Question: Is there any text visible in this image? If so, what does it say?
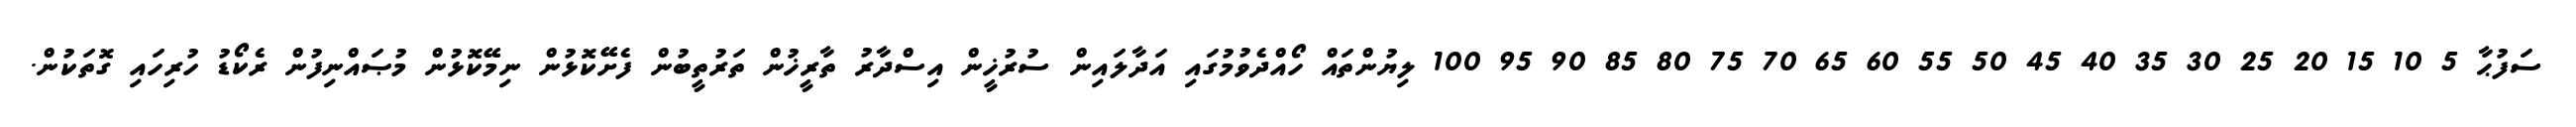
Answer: ސަފުޙާ 5 10 15 20 25 30 35 40 45 50 55 60 65 70 75 80 85 90 95 100 ލިޔުންތައް ހޯއްދެވުމުގައި އަދާލައިން ސުރުޚީން އިސްދާރު ތާރީޚުން ތަރުތީބުން ފެށޭކޮޅުން ނިމޭކޮޅުން މުޞައްނިފުން ރެކޯޑު ހުރިހައި ގޮތަކުން.